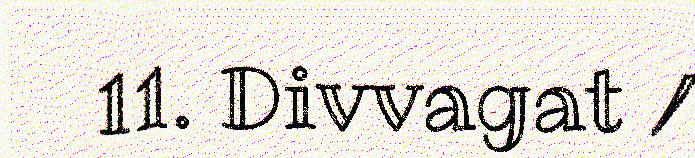
11. Divvagat /